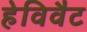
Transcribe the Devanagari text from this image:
हेविवैट